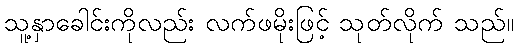
သူ့နှာခေါင်းကိုလည်း လက်ဖမိုးဖြင့် သုတ်လိုက် သည်။